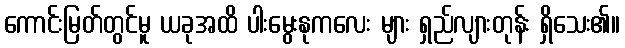
ကောင်းမြတ်တွင်မူ ယခုအထိ ပါးမွေးနုကလေး များ ရှည်လျားတုန်း ရှိသေး၏။